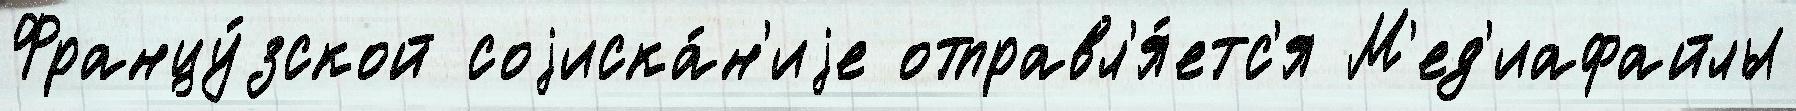
Францу́зской соjиска́н'иjе отправл'я́етс'я М'ед'иафайлы